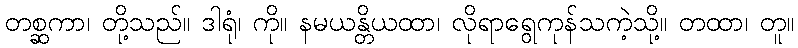
တစ္ဆကာ၊ တို့သည်။ ဒါရုံ၊ ကို။ နမယန္တိယထာ၊ လိုရာရွေကုန်သကဲ့သို့။ တထာ၊ တူ။